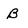
Character: B